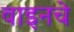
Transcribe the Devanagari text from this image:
वाइनचे